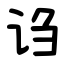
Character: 诌